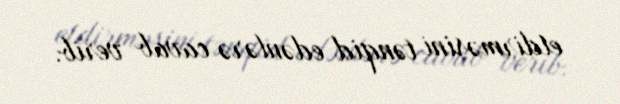
etdirməsini tənqid edənlərə cavab verib.